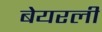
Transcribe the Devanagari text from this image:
बेयरली